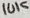
Text: 10K